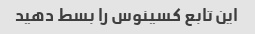
این تابع کسینوس را بسط دهید